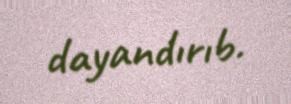
dayandırıb.